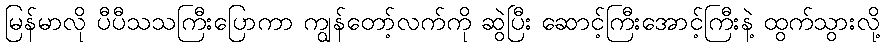
မြန်မာလို ပီပီသသကြီးပြောကာ ကျွန်တော့်လက်ကို ဆွဲပြီး ဆောင့်ကြီးအောင့်ကြီးနဲ့ ထွက်သွားလို့